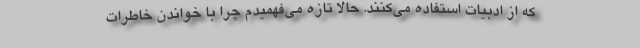
که از ادبیات استفاده می‌کنند. حالا تازه می‌فهمیدم چرا با خواندن خاطرات